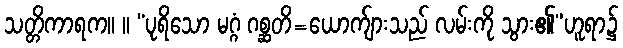
သတ္တိကာရက။ ။ “ပုရိသော မဂ္ဂံ ဂစ္ဆတိ=ယောက်ျားသည် လမ်းကို သွား၏”ဟူရာ၌